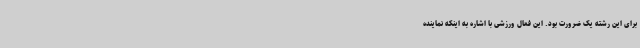
برای این رشته یک ضرورت بود. این فعال ورزشی با اشاره به اینکه نماینده